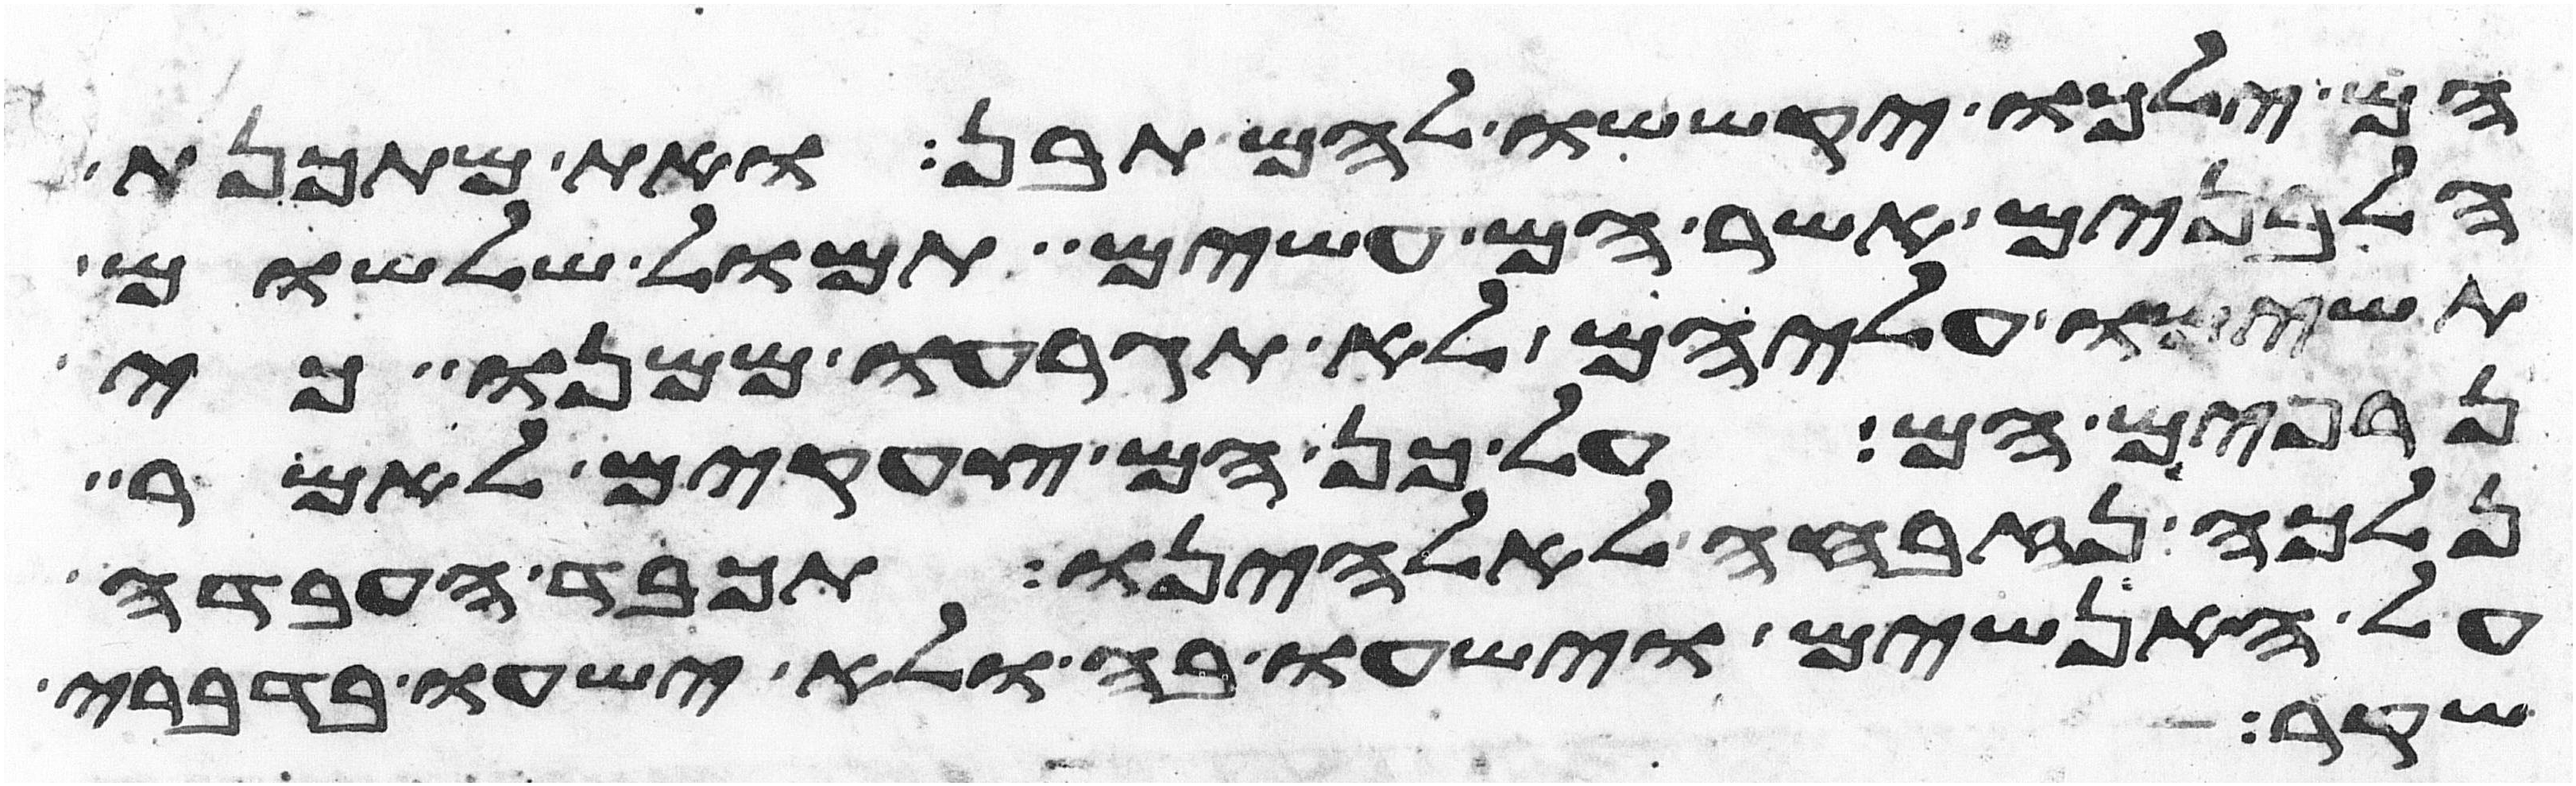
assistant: הם ילכו יקששו להם תבן ואת מתכנת
הלבנים אשר הם עשים תמול שלשום
תשימו עליהם לא תגרעו ממנו כי
נרפים הם על כן הם צעקים לאמר
נלכה נזבחה לאלהינו תכבד העבדה
על האנשים וישעו בה ולא ישעו בדברי
שקר